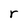
Character: r